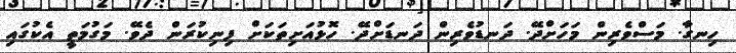
ހިނގާ. މަސްވެރިން މަހަށްދޭ. ދަނޑުވެރިން ދަނޑަށްދޭ. ހޮޅުއަށިތަކަށް ފިނިކުރަން ދެވޭ. މަގުމަތީ އެކުގައި